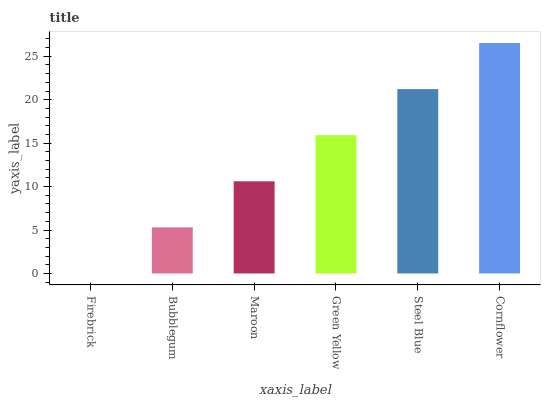
| xaxis_label | bars |
 | --- | --- |
 | Firebrick | 0 |
 | Bubblegum | 5.31 |
 | Maroon | 10.6 |
 | Green Yellow | 15.9 |
 | Steel Blue | 21.2 |
 | Cornflower | 26.5 |